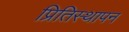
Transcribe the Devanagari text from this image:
प्रितिस्थापन